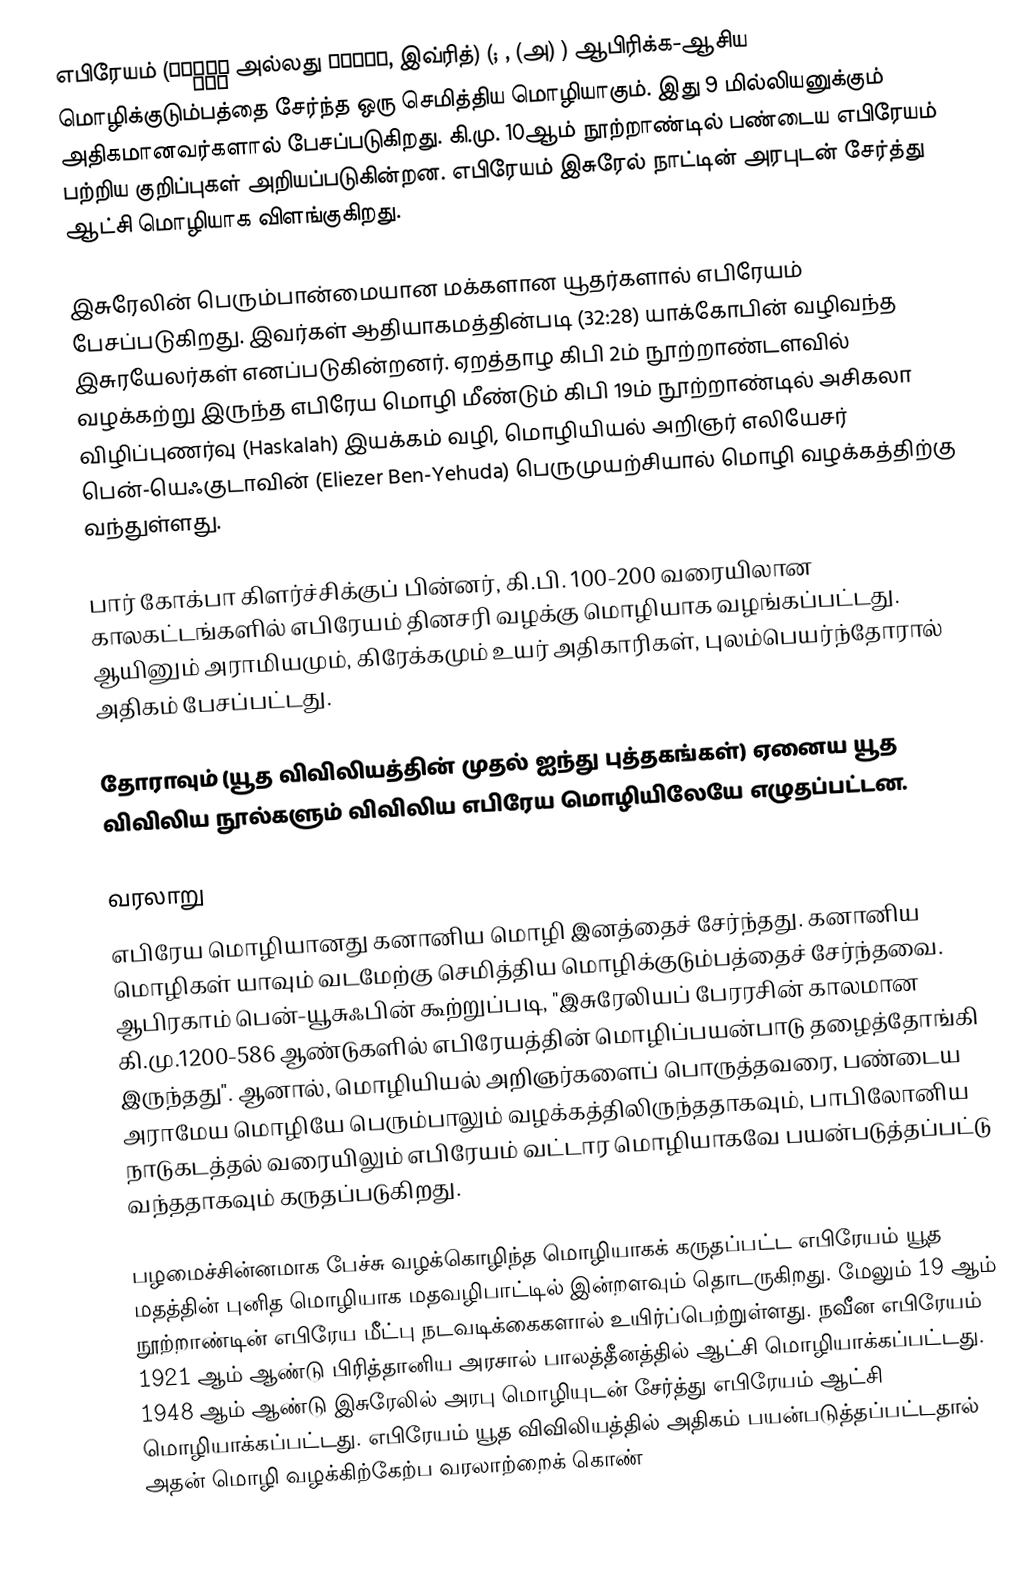
எபிரேயம் (עִבְרִית அல்லது עברית, இவ்ரித்) (; ,   (அ) ) ஆபிரிக்க-ஆசிய மொழிக்குடும்பத்தை சேர்ந்த ஒரு செமித்திய மொழியாகும். இது 9 மில்லியனுக்கும் அதிகமானவர்களால் பேசப்படுகிறது. கி.மு. 10ஆம் நூற்றாண்டில் பண்டைய எபிரேயம் பற்றிய குறிப்புகள் அறியப்படுகின்றன. எபிரேயம் இசுரேல் நாட்டின் அரபுடன் சேர்த்து ஆட்சி மொழியாக விளங்குகிறது.

இசுரேலின் பெரும்பான்மையான மக்களான யூதர்களால் எபிரேயம் பேசப்படுகிறது. இவர்கள் ஆதியாகமத்தின்படி (32:28) யாக்கோபின் வழிவந்த இசுரயேலர்கள் எனப்படுகின்றனர். ஏறத்தாழ கிபி 2ம் நூற்றாண்டளவில் வழக்கற்று இருந்த எபிரேய மொழி மீண்டும் கிபி 19ம் நூற்றாண்டில் அசிகலா விழிப்புணர்வு (Haskalah) இயக்கம் வழி, மொழியியல் அறிஞர் எலியேசர் பென்-யெஃகுடாவின் (Eliezer Ben-Yehuda) பெருமுயற்சியால் மொழி வழக்கத்திற்கு வந்துள்ளது.

பார் கோக்பா கிளர்ச்சிக்குப் பின்னர், கி.பி. 100-200 வரையிலான காலகட்டங்களில் எபிரேயம் தினசரி வழக்கு மொழியாக வழங்கப்பட்டது. ஆயினும் அராமியமும், கிரேக்கமும் உயர் அதிகாரிகள், புலம்பெயர்ந்தோரால் அதிகம் பேசப்பட்டது.

தோராவும் (யூத விவிலியத்தின் முதல் ஐந்து புத்தகங்கள்) ஏனைய யூத விவிலிய நூல்களும் விவிலிய எபிரேய மொழியிலேயே எழுதப்பட்டன.

வரலாறு
எபிரேய மொழியானது கனானிய மொழி இனத்தைச் சேர்ந்தது. கனானிய மொழிகள் யாவும் வடமேற்கு செமித்திய மொழிக்குடும்பத்தைச் சேர்ந்தவை. ஆபிரகாம் பென்-யூசுஃபின் கூற்றுப்படி, "இசுரேலியப் பேரரசின் காலமான கி.மு.1200-586 ஆண்டுகளில் எபிரேயத்தின் மொழிப்பயன்பாடு தழைத்தோங்கி இருந்தது". ஆனால், மொழியியல் அறிஞர்களைப் பொருத்தவரை, பண்டைய அராமேய மொழியே பெரும்பாலும் வழக்கத்திலிருந்ததாகவும், பாபிலோனிய நாடுகடத்தல் வரையிலும் எபிரேயம் வட்டார மொழியாகவே பயன்படுத்தப்பட்டு வந்ததாகவும் கருதப்படுகிறது.

பழமைச்சின்னமாக பேச்சு வழக்கொழிந்த மொழியாகக் கருதப்பட்ட எபிரேயம் யூத மதத்தின் புனித மொழியாக மதவழிபாட்டில் இன்றளவும் தொடருகிறது. மேலும் 19 ஆம் நூற்றாண்டின் எபிரேய மீட்பு நடவடிக்கைகளால் உயிர்ப்பெற்றுள்ளது. நவீன எபிரேயம் 1921 ஆம் ஆண்டு பிரித்தானிய அரசால் பாலத்தீனத்தில் ஆட்சி மொழியாக்கப்பட்டது. 1948 ஆம் ஆண்டு இசுரேலில் அரபு மொழியுடன் சேர்த்து எபிரேயம் ஆட்சி மொழியாக்கப்பட்டது. எபிரேயம் யூத விவிலியத்தில் அதிகம் பயன்படுத்தப்பட்டதால் அதன் மொழி வழக்கிற்கேற்ப வரலாற்றைக் கொண்